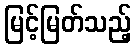
မြင့်မြတ်သည့်